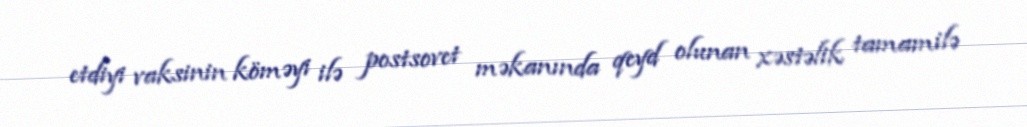
etdiyi vaksinin köməyi ilə postsovet məkanında qeyd olunan xəstəlik tamamilə